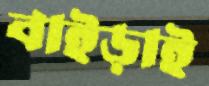
বাইড়াই